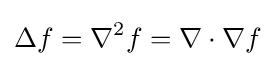
\Delta f=\nabla ^{2}f=\nabla \cdot \nabla f